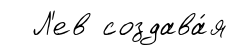
Л'ев создава́я